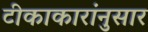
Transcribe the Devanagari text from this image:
टीकाकारांनुसार